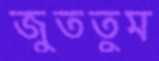
জুততুম